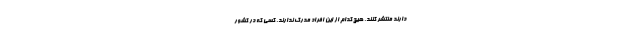
دارند منتشر کنند. هیچ کدام از این افراد مدرک ندارند. کسی که در کشور